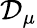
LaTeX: \mathbf{\mathcal{D}}_{\mu}